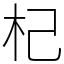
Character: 杞